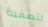
لتصفية